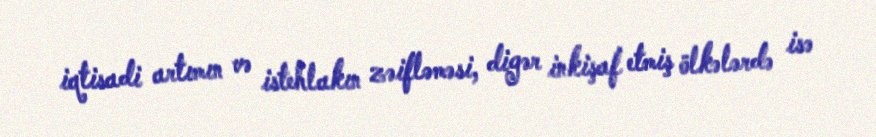
iqtisadi artımın və istehlakın zəifləməsi, digər inkişaf etmiş ölkələrdə isə